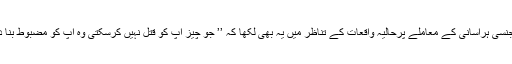
میشا نے جنسی ہراسانی کے معاملے پرحالیہ واقعات کے تناظر میں یہ بھی لکھا کہ ’’ جو چیز آپ کو قتل نہیں کرسکتی وہ آپ کو مضبوط بنا دیتی ہے‘‘۔